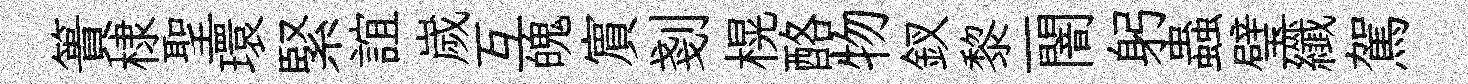
簣棣聖環緊誼嵗互魄賔剗榥酪物釵黎一闇躬蟲璧纖駕